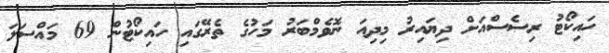
ހައިކޯޓު ރިސެސްއަށް ދިޔައިރު މިދިއަ ނޮވެމްބަރު މަހުގެ ތެރޭގައި ހައިކޯޓުން 69 މައްސަލަ